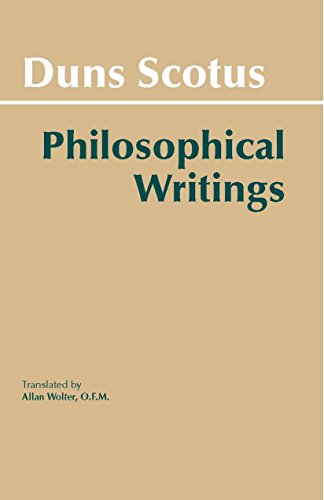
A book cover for Duns Scotus - Philosophical Writings: A Selection; John Duns Scotus; Politics & Social Sciences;